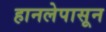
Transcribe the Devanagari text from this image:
हानलेपासून